Scottish Certificate of Education, 1963
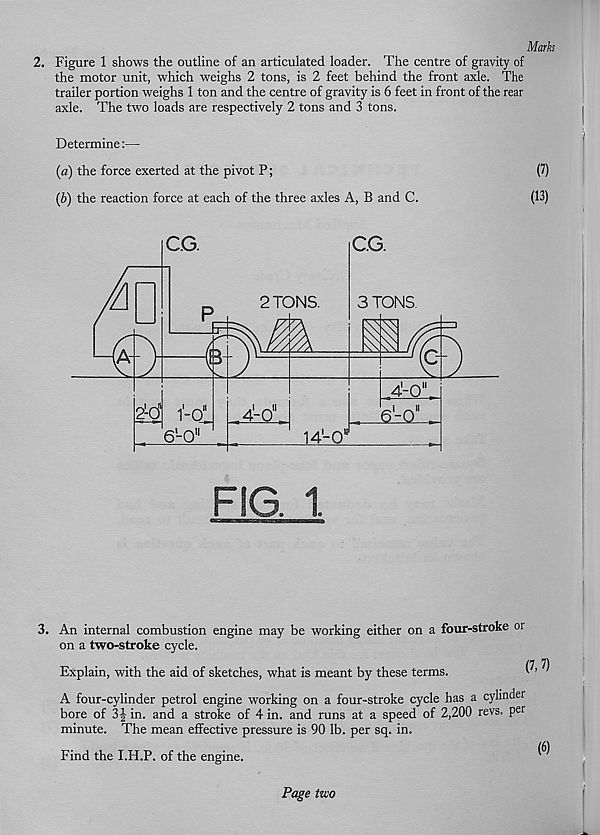
Marks
2. Figure 1 shows the outline of an articulated loader. The centre of gravity of
the motor unit, which weighs 2 tons, is 2 feet behind the front axle. The
trailer portion weighs 1 ton and the centre of gravity is 6 feet in front of the rear
axle. The two loads are respectively 2 tons and 3 tons.
Determine:—
(a) the force exerted at the pivot P;
(7)
(b) the reaction force at each of the three axles A, B and C.
(13)
FIG. 1.
3. An internal combustion engine may be working either on a four-stroke or
on a two-stroke cycle.
Explain, with the aid of sketches, what is meant by these terms.
A four-cylinder petrol engine working on a four-stroke cycle has a cylinder
bore of 3 J in. and a stroke of 4 in. and runs at a speed of 2,200 revs, per
minute. The mean effective pressure is 90 lb. per sq. in.
Find the I.H.P. of the engine.
Page two